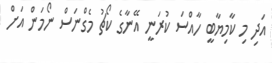
އަދި މި ކާމިޔާބީ ހާއްސަ ކުރަނީ އޭނާގެ ކޯޗު މެގްނަސް ނޯމަން އަށް